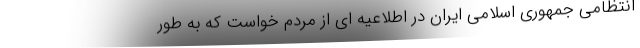
انتظامی جمهوری اسلامی ایران در اطلاعیه ای از مردم خواست که به طور